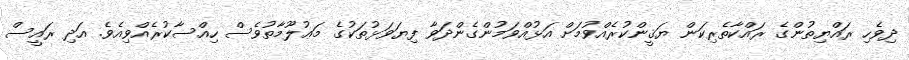
ދިވެހި ރައްޔިތުންގެ ރައްކާތެރިކަން ޔަޤީންކުރެއްވުމަށް އަޅުއްވަމުންގެންދަވާ ފިޔަވަޅުތަކުގެ މަޢުލޫމާތުވެސް ހިއްސާކުރެއްވިއެވެ. އަދި ރައީސް